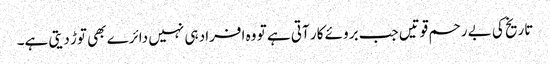
تاریخ کی بے رحم قوتیں جب بروئے کار آتی ہے تو وہ افراد ہی نہیں دائرے بھی توڑ دیتی ہے۔